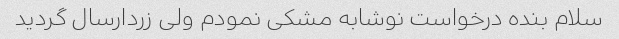
سلام بنده درخواست نوشابه مشکی نمودم ولی زردارسال گردید